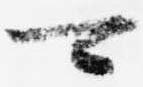
可